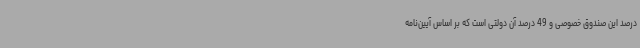
درصد این صندوق خصوصی و 49 درصد آن دولتی است که بر اساس آیین‌نامه